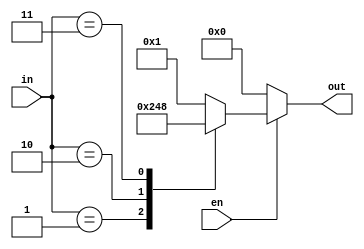
module decoder4 (
  input            en,
  input      [1:0] in,
  output reg [3:0] out
  );

  always @(*)
    if (!en)
      out = 4'b0;
    else begin
      case(in)
        default: out = 4'b0001;
        2'b01:   out = 4'b0010;
        2'b10:   out = 4'b0100;
        2'b11:   out = 4'b1000;
      endcase
    end

endmodule